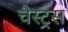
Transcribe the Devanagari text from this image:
चैस्ट्रस